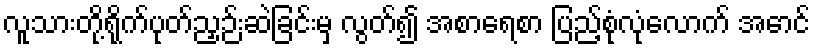
လူသားတို့ရိုက်ပုတ်ညှဉ်းဆဲခြင်းမှ လွတ်၍ အစာရေစာ ပြည့်စုံလုံလောက် အောင်